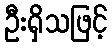
ဦးရှိသဖြင့်